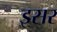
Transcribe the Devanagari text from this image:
इसर